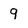
Character: 9